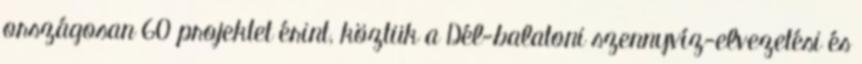
országosan 60 projektet érint, köztük a Dél-balatoni szennyvíz-elvezetési és